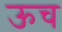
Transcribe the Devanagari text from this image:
ऊच